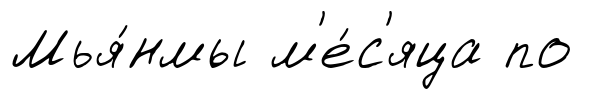
Мья́нмы м'е́с'яца по